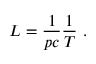
L = \frac { 1 } { p c } \frac { 1 } { T } ~ .